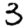
Digit: 3